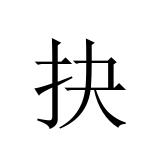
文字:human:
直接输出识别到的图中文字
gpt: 抉